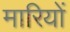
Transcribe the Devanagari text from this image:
मारियों